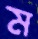
ম